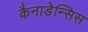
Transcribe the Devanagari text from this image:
कैनाडेन्सिस